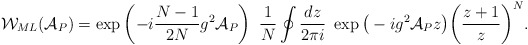
\begin{align*}{\cal W}_{ML}({\cal A}_P)=\exp \left(- i \frac{N-1}{2N} g^2 {\cal A }_P \right)~\frac{1}{N}\oint\frac{dz}{2 \pi i}~\exp \big( - i g^2 {\cal A }_P z \big)\bigg( \frac{z+1}{z} \bigg)^N.\end{align*}